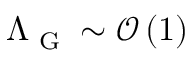
\Lambda _ { \textrm { G } } \sim \mathcal { O } \left( 1 \right)